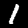
Digit: 1